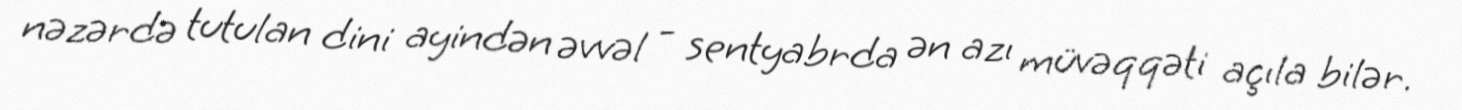
nəzərdə tutulan dini ayindən əvvəl - sentyabrda ən azı müvəqqəti açıla bilər.